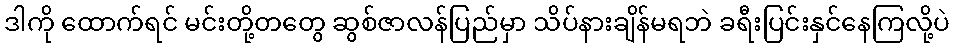
ဒါကို ထောက်ရင် မင်းတို့တတွေ ဆွစ်ဇာလန်ပြည်မှာ သိပ်နားချိန်မရဘဲ ခရီးပြင်းနှင်နေကြလို့ပဲ